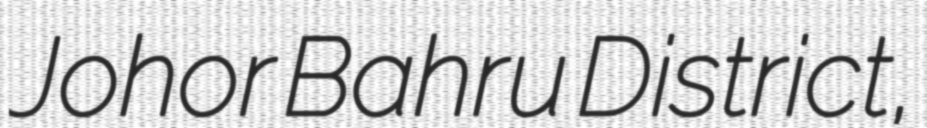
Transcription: Johor Bahru District,